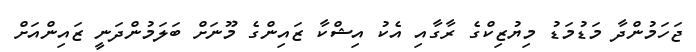
ޖަހަމުންދާ މަޑުމަޑު މިޔުޒިކްގެ ރާގާއި އެކު އިޝްކާ ޒައިންގެ މޫނަށް ބަލަމުންދަނީ ޒައިންއަށް